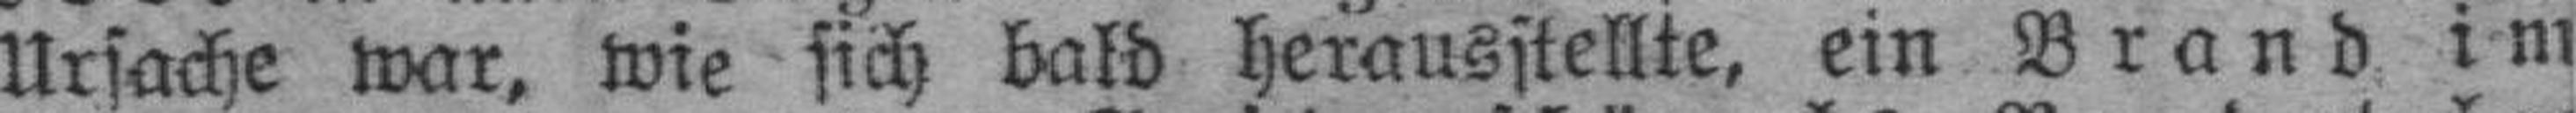
Ursache war, wie sich bald herausstellte, ein Brand im